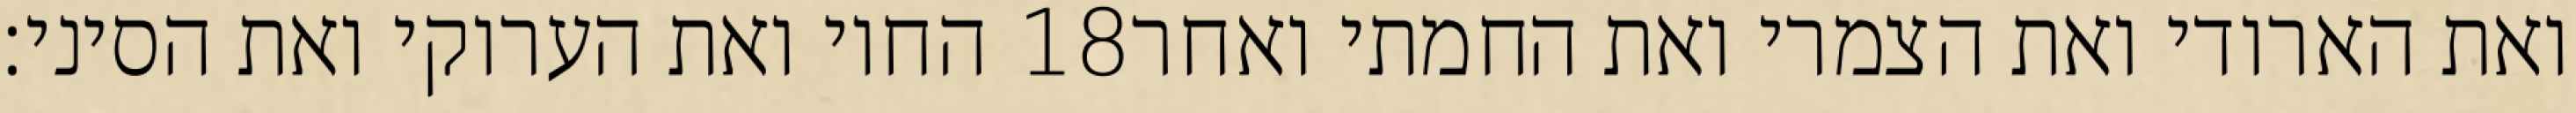
החוי ואת הערוקי ואת הסיני׃ ‎18‏ ואת הארודי ואת הצמרי ואת החמתי ואחר